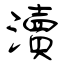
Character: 瀆